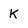
Character: k